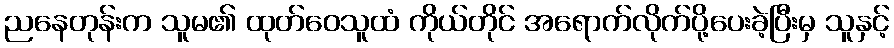
ညနေတုန်းက သူမ၏ ထုတ်ဝေသူထံ ကိုယ်တိုင် အရောက်လိုက်ပို့ပေးခဲ့ပြီးမှ သူနှင့်